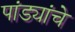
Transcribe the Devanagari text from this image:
पांड्यांचे